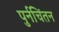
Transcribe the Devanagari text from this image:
पुर्नचिंतन